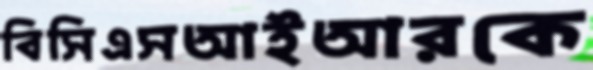
বিসিএসআইআরকে